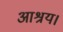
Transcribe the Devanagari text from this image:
आश्रय।